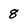
Character: 8